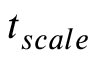
t _ { s c a l e }